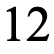
12